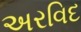
અરવિદ